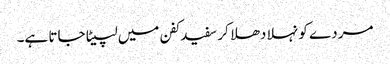
مردے کو نہلا دھلا کر سفید کفن میں لپیٹا جاتا ہے۔